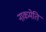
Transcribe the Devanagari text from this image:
नाकमेति